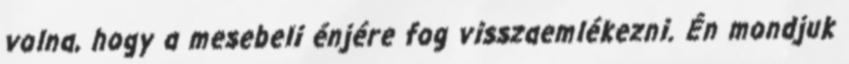
volna, hogy a mesebeli énjére fog visszaemlékezni. Én mondjuk